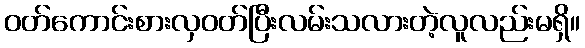
ဝတ်ကောင်းစားလှဝတ်ပြီးလမ်းသလားတဲ့လူလည်းမရှိ။